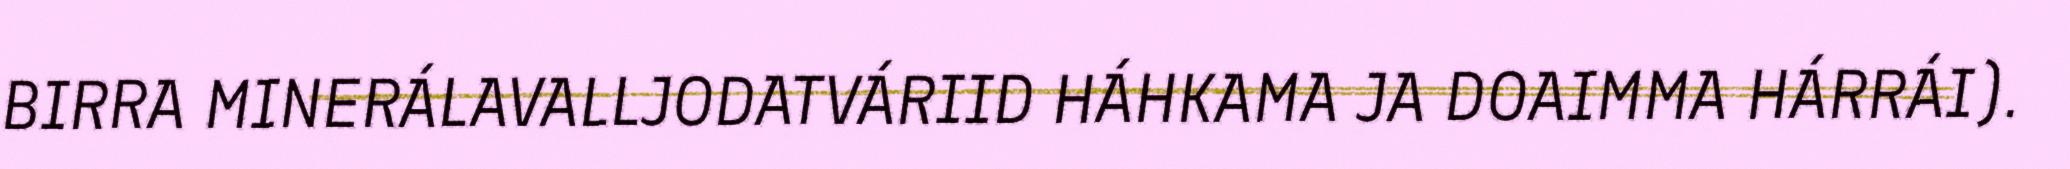
BIRRA MINERÁLAVALLJODATVÁRIID HÁHKAMA JA DOAIMMA HÁRRÁI).